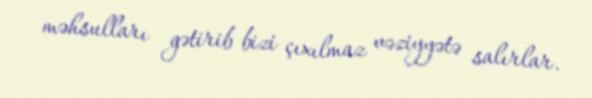
məhsulları gətirib bizi çıxılmaz vəziyyətə salırlar.